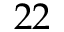
2 2